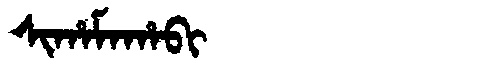
Manchu: ᠰᡳᡥᠠᠮᠠᡥᠠᠪᡳ
Romanization: SIHAMAHABI